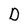
Character: D